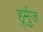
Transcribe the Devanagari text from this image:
हुर्मुज